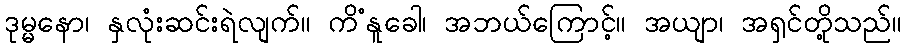
ဒုမ္မနော၊ နှလုံးဆင်းရဲလျက်။ ကိံနူခေါ၊ အဘယ်ကြောင့်။ အယျာ၊ အရှင်တို့သည်။